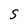
Character: S